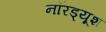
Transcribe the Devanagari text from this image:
नॉरड्यूश